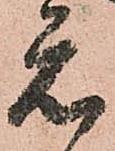
元